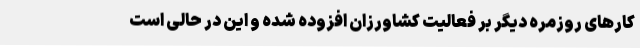
کارهای روزمره دیگر بر فعالیت کشاورزان افزوده شده و این در حالی است